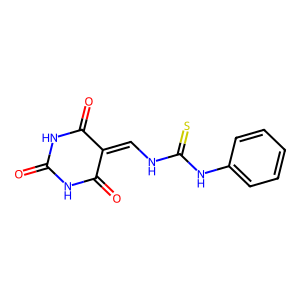
SMILES: O=C1NC(=O)C(=CNC(=S)Nc2ccccc2)C(=O)N1
Inhibits HIV replication: No